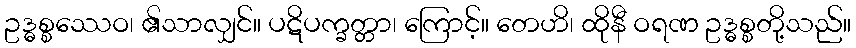
ဥဒ္ဓစ္စဿေဝ၊ ၏သာလျှင်။ ပဋိပက္ခတ္တာ၊ ကြောင့်။ တေဟိ၊ ထိုနီ ဝရဏ ဥဒ္ဓစ္စတို့သည်။